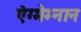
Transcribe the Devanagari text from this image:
ऐग्मेम्नान